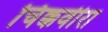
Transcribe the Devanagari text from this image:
चिक्कवीरा